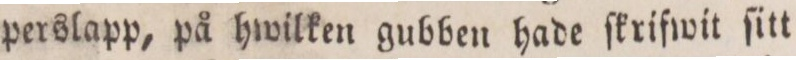
perslapp, på hwilken gubben hade ſkrifwit ſitt